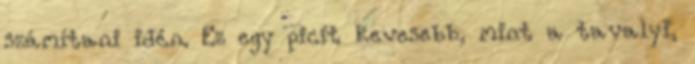
számítani idén. Ez egy picit kevesebb, mint a tavalyi,